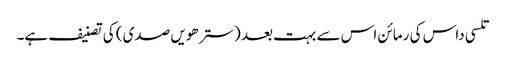
تلسی داس کی رمائن اس سے بہت بعد (سترھویں صدی) کی تصنیف ہے۔